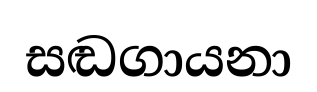
සඬගායනා